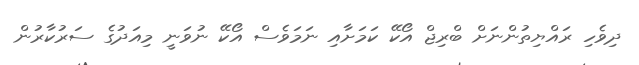
ދިވެހި ރައްޔިތުންނަށް ބްރިޖް އޯކޭ ކަމަށާއި ނަމަވެސް އޯކޭ ނުވަނީ މިއަދުގެ ސަރުކާރުން